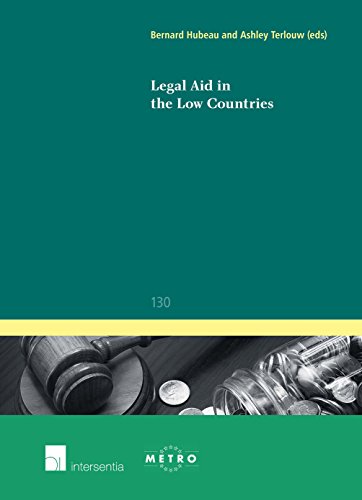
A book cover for Legal Aid in the Low Countries (Ius Commune Europaeum); Law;